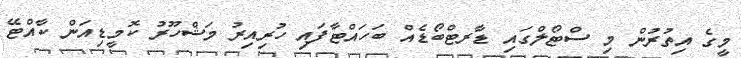
މީގެ އިތުރުން މި ސްޓޯލްގައި ޑާރޓްބޯޑެއް ބަހައްޓާފައި ހުރިއިރު މަޝްހޫރު ކޮމީޑިއަން ކާއްޓޭ